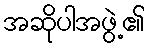
အဆိုပါအဖွဲ့၏